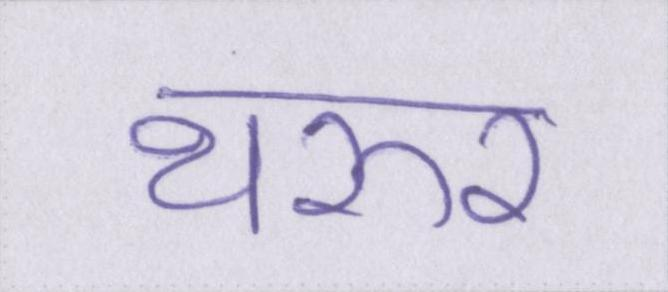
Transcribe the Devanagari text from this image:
थरूर